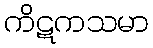
ကိဋကသမာ